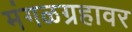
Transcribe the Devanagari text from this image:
मंगळग्रहावर